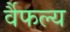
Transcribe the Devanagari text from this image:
र्वैफल्य